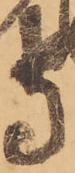
守